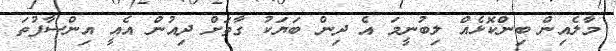
މާލެއިން ބިންކޮޅެއް ލިބުނީމަ އެ ދިން ބަޔަކު ގާތަށް ދިއުން އެއީ އިންސާފުތަ